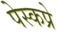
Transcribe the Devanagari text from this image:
पेस्कप्रे